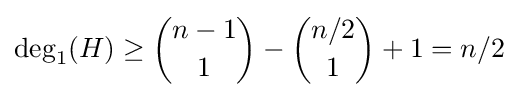
\deg _{1}(H)\geq {n-1 \choose 1}-{n/2 \choose 1}+1=n/2